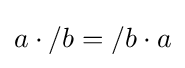
a\cdot /b=/b\cdot a